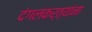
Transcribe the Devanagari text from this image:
दंगलकर्त्यांना